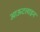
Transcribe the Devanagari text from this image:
आऊटलाइन